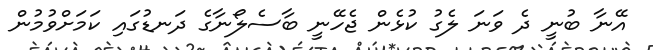
އޭނާ ބުނީ ދެ ވަނަ ލެގު ކުޅެން ޖެހޭނީ ބާސެލޯނާގެ ދަނޑުގައި ކަމަށްވުމުން